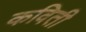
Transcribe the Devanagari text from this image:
कविती